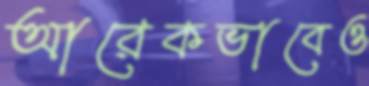
আরেকভাবেও